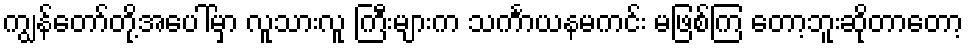
ကျွန်တော်တို့အပေါ်မှာ လူသားလူ ကြီးများက သင်္ကာယနမကင်း မဖြစ်ကြ တော့ဘူးဆိုတာတော့